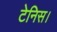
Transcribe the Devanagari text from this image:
टेनिस।